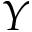
Y